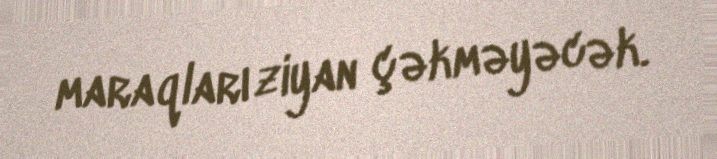
maraqları ziyan çəkməyəcək.